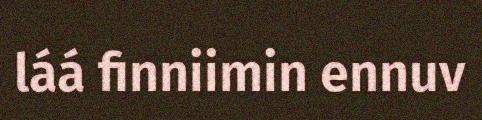
láá finniimin ennuv